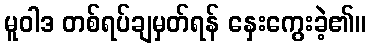
မူဝါဒ တစ်ရပ်ချမှတ်ရန် နှေးကွေးခဲ့၏။